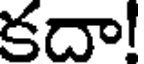
కదా!